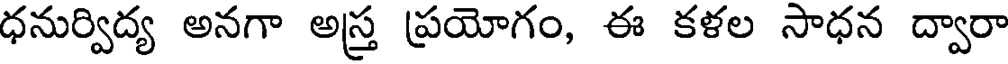
ధనుర్విద్య అనగా అస్త్ర ప్రయోగం, ఈ కళల సాధన ద్వారా